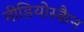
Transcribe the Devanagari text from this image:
वीडियोस्कैन